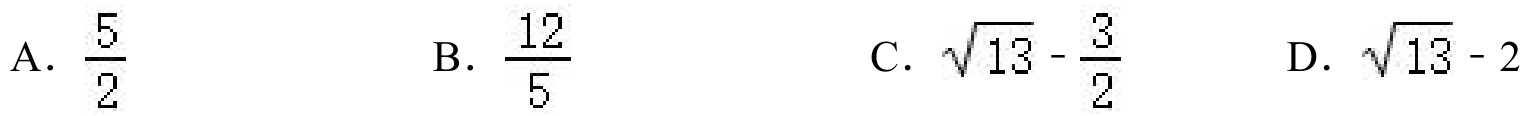
A. \(\frac{5}{2}\)  B. \(\frac{12}{5}\)  C. \(\sqrt{13}-\frac{3}{2}\)  D. \(\sqrt{13}-2\)